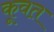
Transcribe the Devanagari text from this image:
कूवत